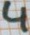
Text: 4